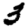
Digit: 3